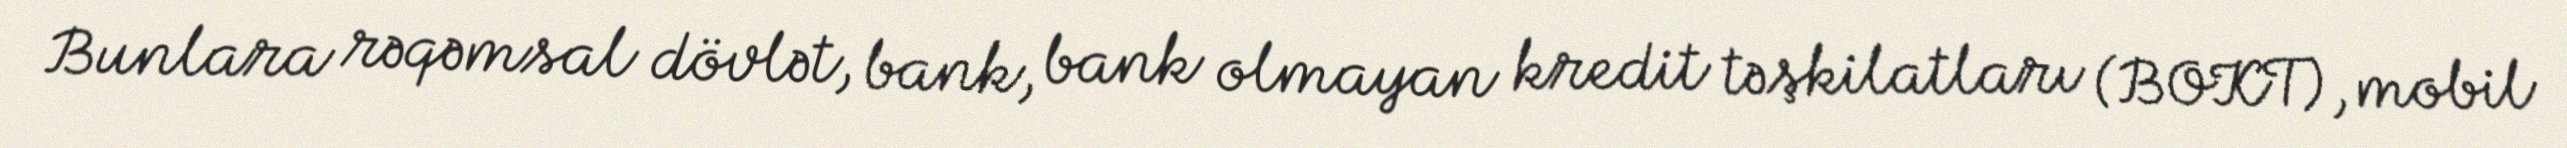
Bunlara rəqəmsal dövlət, bank, bank olmayan kredit təşkilatları (BOKT), mobil